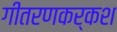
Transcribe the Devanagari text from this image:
गीतरणकर्कश